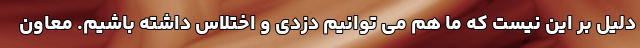
دلیل بر این نیست که ما هم می توانیم دزدی و اختلاس داشته باشیم. معاون